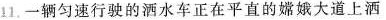
11.一辆匀速行驶的洒水车正在平直的嫦娥大道上洒